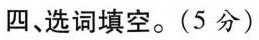
四、选词填空。(5分)